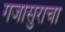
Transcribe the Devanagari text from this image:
गजासुराचा